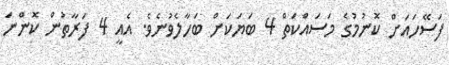
ފަސޭހައަށް ކޮނުމުގެ މަސައްކަތް 4 ބަޔަކަށް ބަހާލެވުނެވެ. އެއީ 4 ފަރާތުން ކޮންނަ